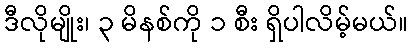
ဒီလိုမျိုး၊ ၃ မိနစ်ကို ၁ စီး ရှိပါလိမ့်မယ်။